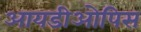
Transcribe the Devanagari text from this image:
आयडीओपिस